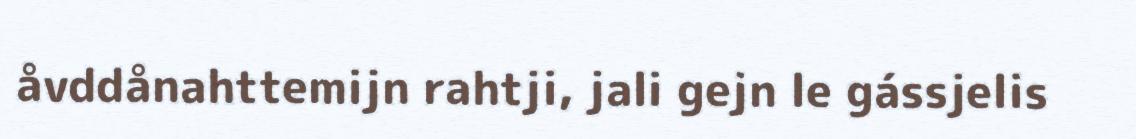
åvddånahttemijn rahtji, jali gejn le gássjelis